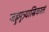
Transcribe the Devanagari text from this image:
जह्नुपुत्र्यास्रिकालं